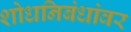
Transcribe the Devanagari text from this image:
शोधनिबंधांवर